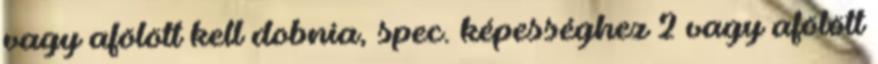
vagy afölött kell dobnia, spec. képességhez 2 vagy afölött